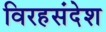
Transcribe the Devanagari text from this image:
विरहसंदेश